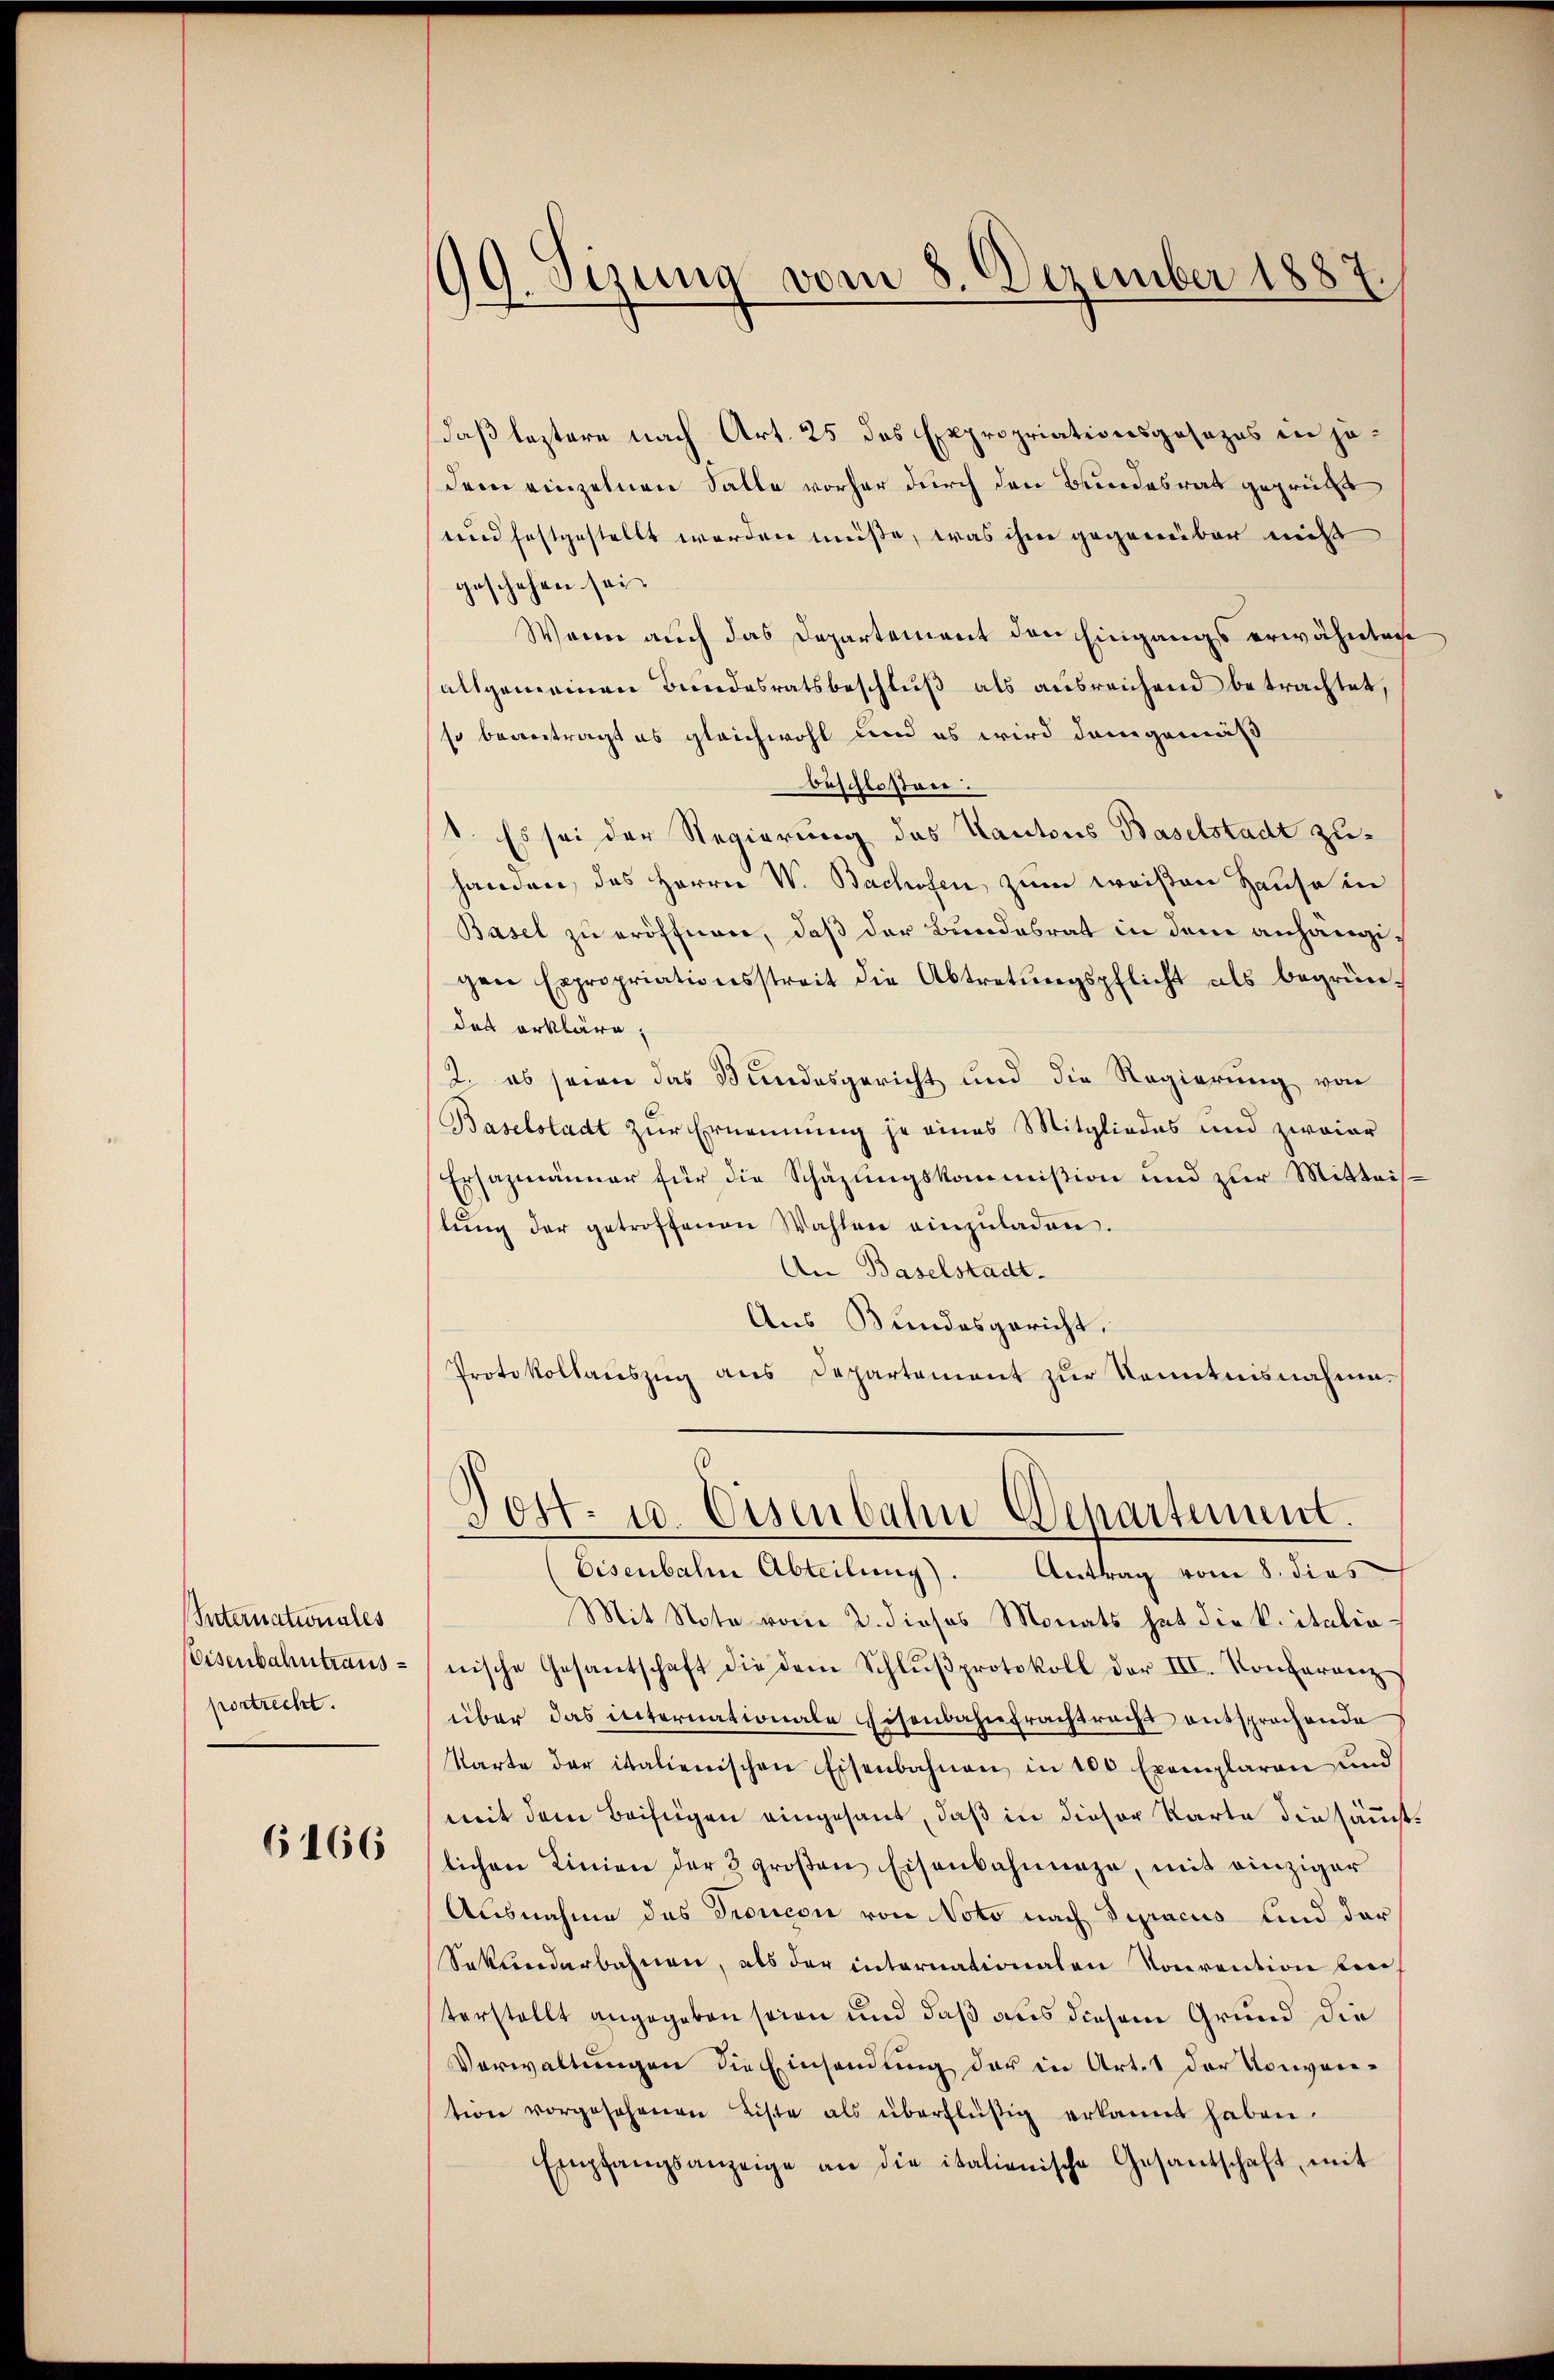
Internationales
Eisenbahntrausportrecht.

6166

daß leztere nach Art. 25 das Expropriationsgesezes in jedem einzelnen Salle vorher durch den Bundesrat geprüfe
und festgestellt worden müße, was ihm gegenüber nicht
geschehen sei.
Wenn auch das Departement den Eingangs erwähntece
allgemeinen Bundesratsbeschluß als ausreichend betrachtet,
so beantragt es gleichwohl und es wird demgemäß
beschlossen:
1. Es sei der Regierung des Kantons Baselstadt zuhanden, das Herrn V. Bachofen, zum weißen Hause in
Basel zu eröffnen, daß der Bundesrat in dem anhängigen Expropriationsstreit die Abtretŭngspflicht als begrün-
det erkläre,
2. es seien das Bundesgericht und die Regierung von
Baselstadt zur Ernennung je eines Mitgliedes und zwaier
Ersazmänner für die Schazungskommission und zur Mitteistŭng der getroffenen Wahlen einzŭladen.
An Baselstadt.
Aus Bundesgericht.
Protokollauszug aus Departement zur Kenntnisnahme.

99. Sizung vom 8.
Dezember 1
32

Vott. u. Eisenbahn Departement.

Eisenbahne Abteilung).
Antrag vom 8. dies
Mit Note vom 2. dieses Monats hat die k. italia
nische Gesantschaft die dem Schlŭβprotokoll der III. Konferenz
über das internationale Eisenbahnfrachtracht entsprochende
karte der italienischen Eisenbahnen in 100 Exemplaren und
mit dem Beifügen eingesant, daß in dieser Karte die sämmtlichen Linien der 3 groβen Eisenbahnunge, mit einziger
Ausnahme des Troncon von Noto nach Dipacus und der
Sekunderbahnen, als der internationalen Konvention bei
terstellt angegeben seien und daß aus diesem Grund die
Verwaltungen die Einsendung der in Art. 1 der Konvention vorgesehenen Liste als überflüßig erkannt haben.
Empfangsanzeige an die italienische Gesantschaft, mit